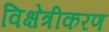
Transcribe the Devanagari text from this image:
विक्षेत्रीकरण